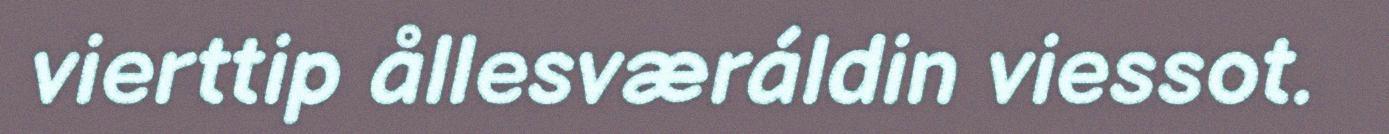
vierttip ållesværáldin viessot.